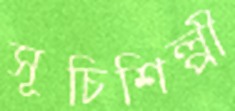
সূচিশিল্পী